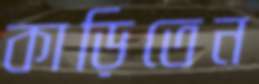
কাড়িতেন